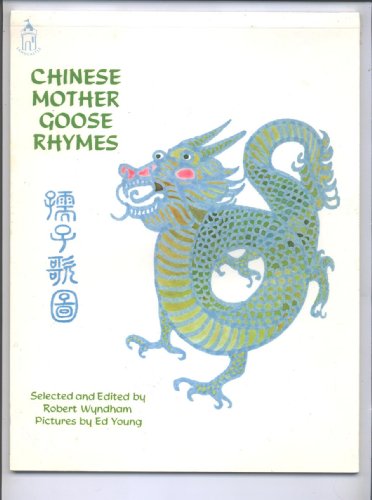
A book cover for Chinese Mother Goose Rhymes; Ed Young; Children's Books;